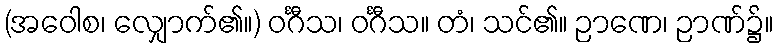
(အဝေါစ၊ လျှောက်၏။) ဝင်္ဂီသ၊ ဝင်္ဂီသ။ တံ၊ သင်၏။ ဉာဏေ၊ ဉာဏ်၌။